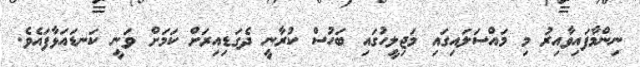
ނިންމާފައިވާއިރު މި މައްސަލައިގައި މަޖިލީހުގައި ބަހުސް ކުރާނީ ދެގަޑިއިރަށް ކަމަށް ވަނީ ކަނޑައަޅާފައެވެ.